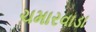
ચમારવાડા